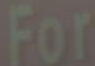
For